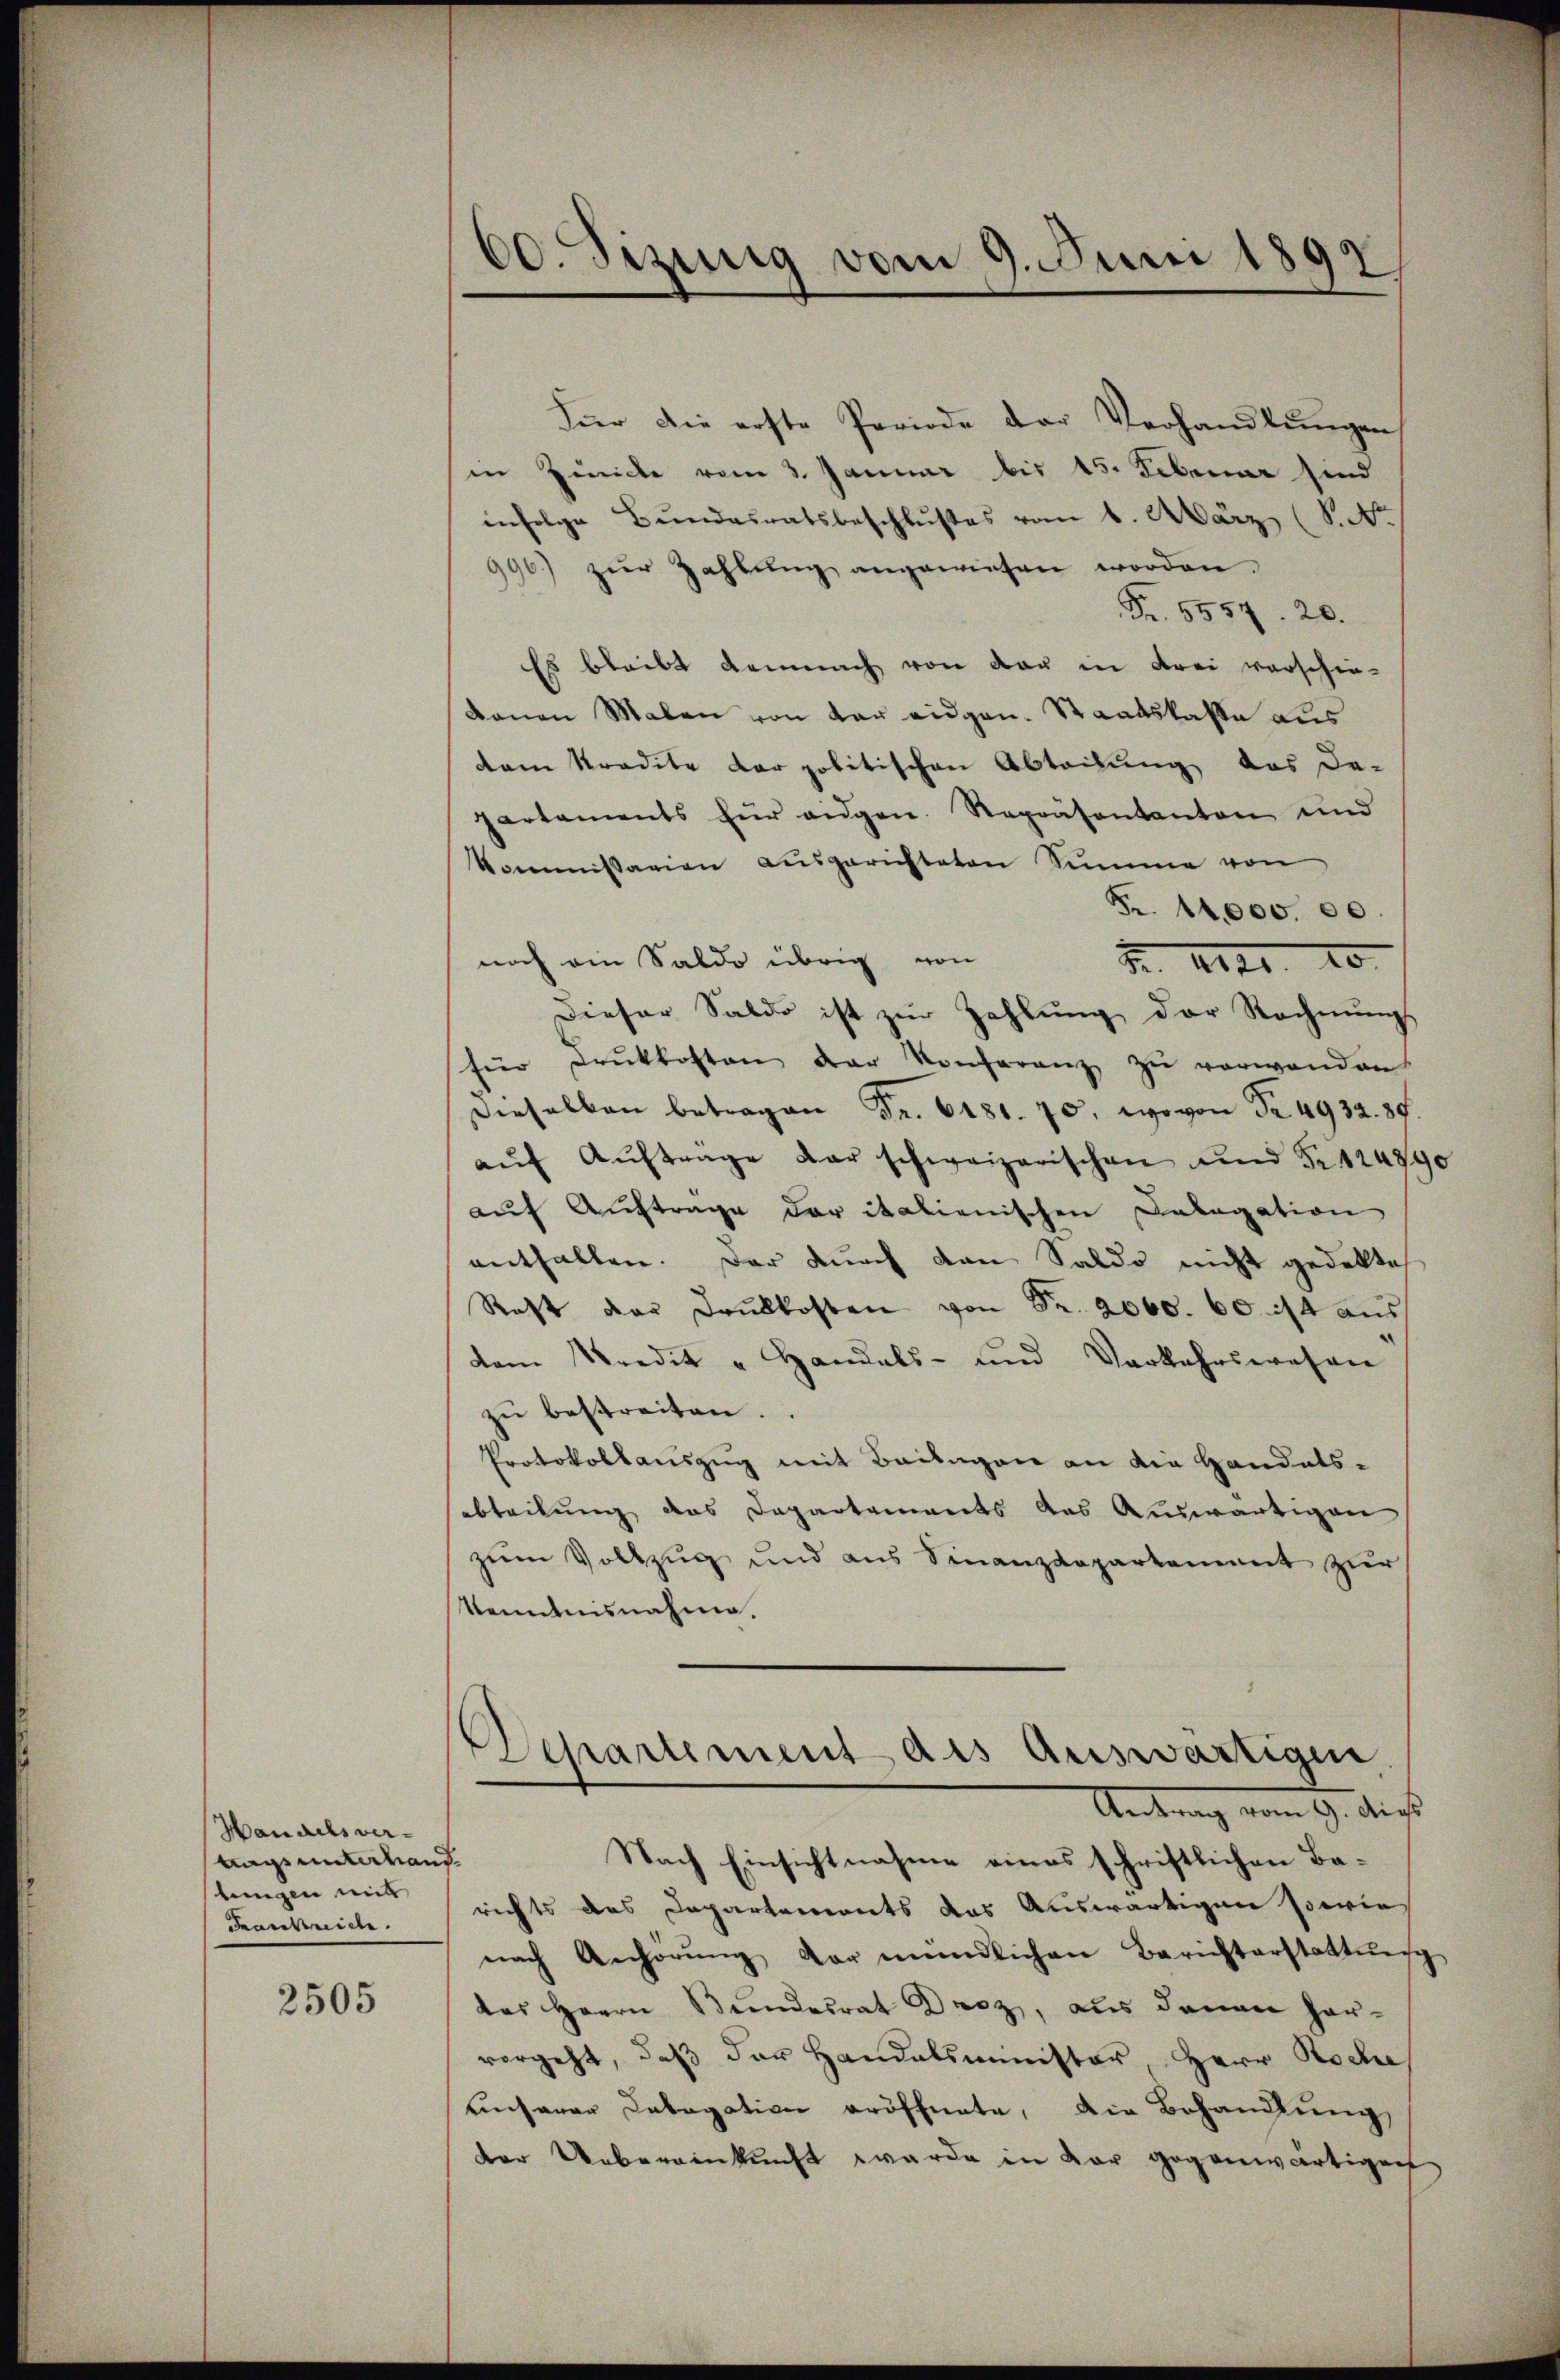
Handels vertags unterhand
lungen mit
Frankreiche

2505

60. Jizung vom 9. Juni 1897

Für die erste Periode der Verhandlŭngen,
in Zwicke vom 3. Januar bis 15. Februar sind
infolge Bundesratsbeschlußes vom 6. März (S. Ar
996) zŭr Zahlŭng angewiesen worden.
Fr. 5557. 20.
Es bleibt demnach von der in drei verschie-
kanen Malen von der eidgen. Staatskasse aus
dem Kredite der politischen Abteilung des De-
partaments für eidgen. Repräsentanton und
Kommissarien aŭsgerichteten Summe von
Fr. 14000. 00.
noch ein Saldo übrig von
2
Dieser Saldo ist zŭr Zahlung der Rechnungs
für Druckkosten der Konferenz zŭ verwanden.
Dieselben ... 498.
aŭf Aŭfträge der schweizerischen und Fr. 12479
auf Auftrage der italienischen Calagation
enthalten. Der durch den Saldo nicht gedektes
Rest der Drukkosten von Fr. 2060. 60. ist aus
dem Kredit " Handels- und Verkehrswesen
zŭ bestreiten.
Protokollauszug mit Beilagen an die Handels-
abteilung das Departements das Auswärtigen
zum Vollzug und aus Finanzdepartement zur
Kenntnisnahme.
Antrag vom 9. dies
Nach Einsichtnahme eines schriftlichen Barichts das Departements das Auswärtigen sowie
nach Anhörŭng vor mündlichen Berichterstattŭng
das Herrn Bundesrat Droz, aus denen har-
vorgeht, daß der Handalsminister Herr Rode
unserer Labagation eröffnete, die Behandlung,
der Uebereinkunft wurde in dar gegenwärtigen

Departement des Auswärtigen